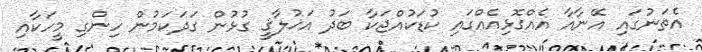
އެތަނުގައި އޭނާއާ އެއްގޮޅިއެއްގައި ކުޑަކުއްޖަކާ ބަދު އަޚުލާޤީ ގުޅުން ގަދަކަމުން ހިންގި މީހަކާއި